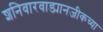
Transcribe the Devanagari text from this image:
शनिवारवाड्यानजीकच्या